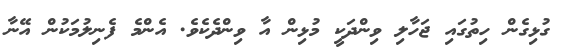
ގުޅިގެން ހިތުގައި ޖަހާލި ވިންދަކީ މުޅިން އާ ވިންދެކެވެ. އެންމެ ފެނިލުމަކުން އޭނާ